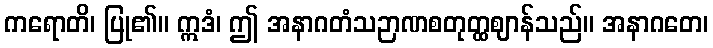
ကရောတိ၊ ပြု၏။ ဣဒံ၊ ဤ အနာဂတံသဉာဏစတုတ္ထဈာန်သည်။ အနာဂတေ၊